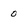
Character: 0